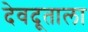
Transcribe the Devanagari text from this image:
देवदूताला